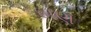
બણ